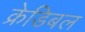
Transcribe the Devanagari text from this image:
क्रेडिबल